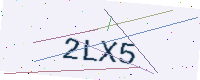
Text: 2LX5